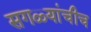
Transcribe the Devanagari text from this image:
सगळ्यांचीच